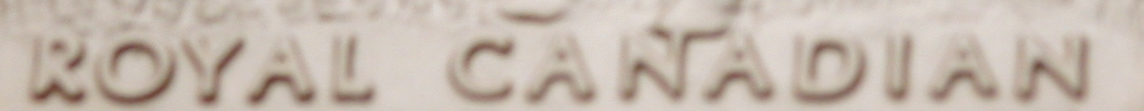
ROYAL CANADIAN